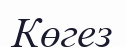
Көгез